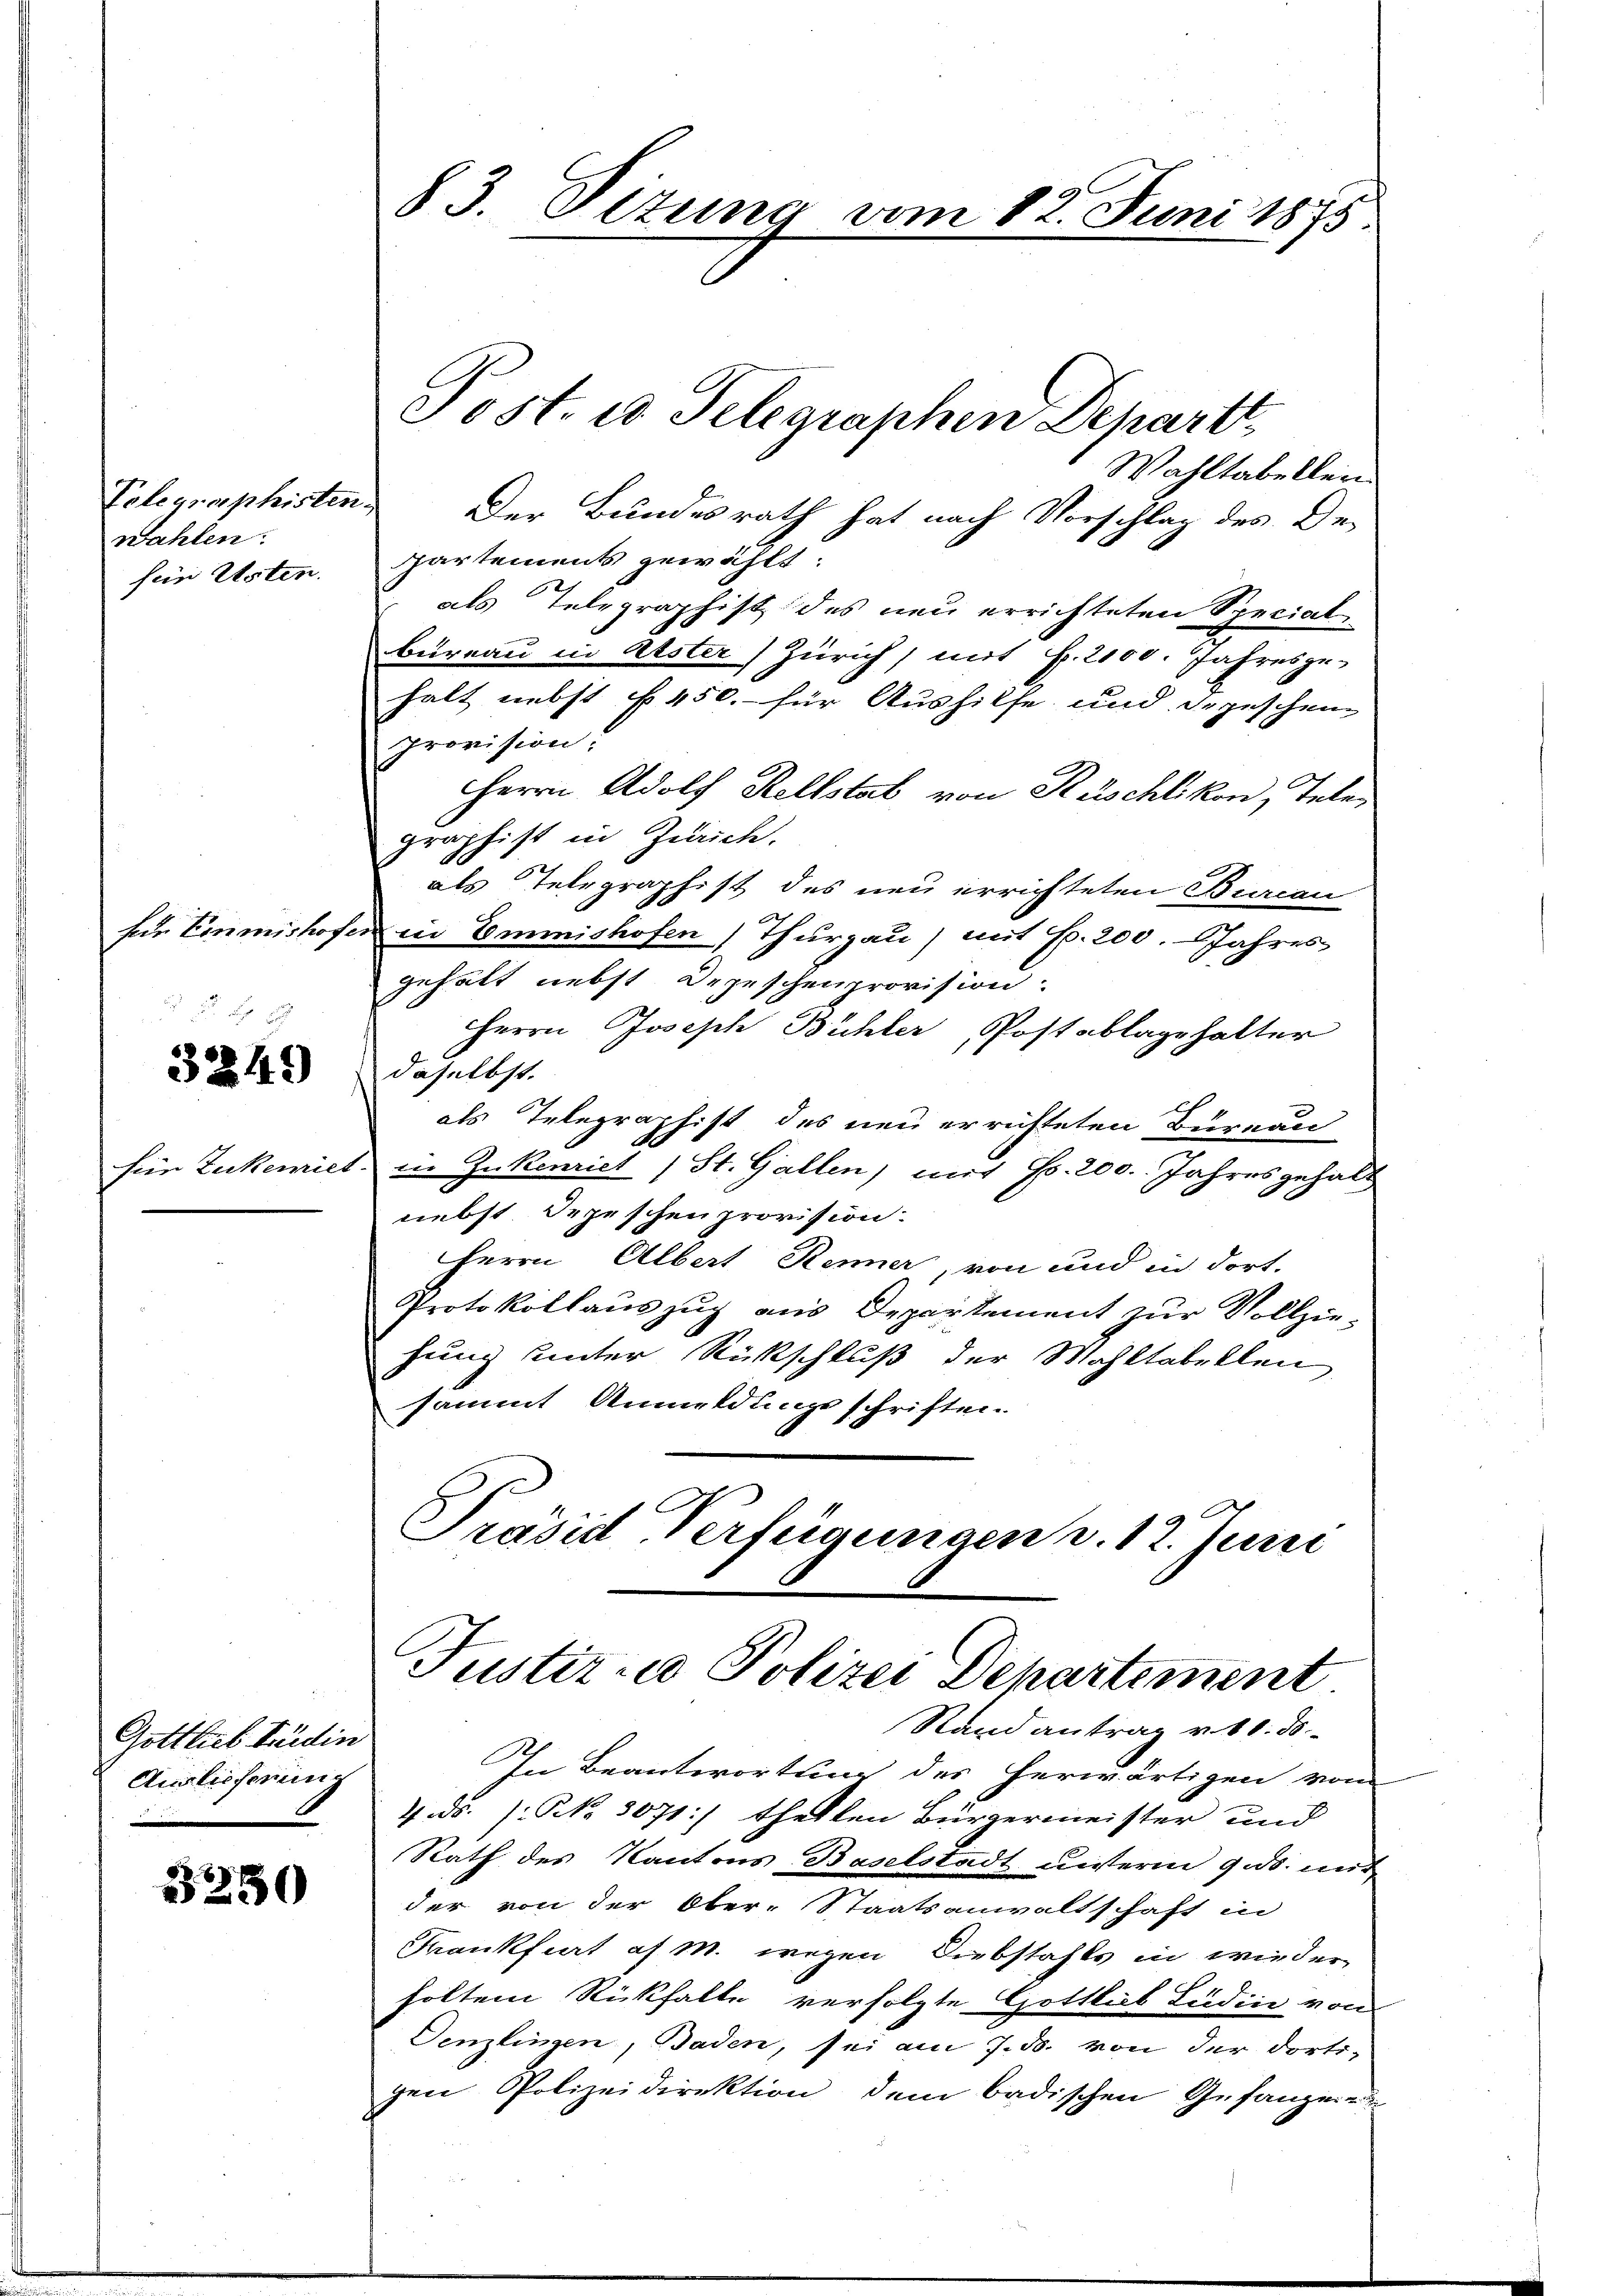
Telegraphisten.
wahlen:
sein Usten.

fede Einmishofe

3249

für Eukenies

Gottlieb Ferdin
Auslieferung

.
250

83. Situng vom 12. Juni 1875.

Post. 20. Telegraphen Departt

Wahltabellein
Der Bundesrath hat nach Vorschlag des De-
ppartements gewählt:
als Telegraphist des neu errichteten Special
bureau in Abster Zürich, mit Fr. 2000. Jahresge-
halt nebst 450. für Aushilfe und depeschen
Provision.
HHerrn Adolf Keltstab von Rüschlikon, Telen
graphist in Zürich.
als Telegraphist des neu errichteten Bureau
in Emmishofen) Thurgau) mit Fr. 200. Jahres
gehält nebst Depeschenprovision.
Herrn Joseph Bühler, Postablage halter
daselbst.
als Telegraphist des neu errichteten Büreau
in Zukenriet (St. Gallen, mit Fr. 200. Jahres gehalt
nebst Depeschen provision:
Herrn Albert Renner, von und in dort¬
Protokollauszug aus Departement zur Vollziehung unter Rückschluß der Wahltabellen
sammt Anmeldungsschriften.
Präsid Verfügungen v. 12. Juni
Justiz & Polizei Departement
Rand antrag v. 10. ds
In Beantwortung des herwärtigen von
4. ds. /: No 3071:) theilen Bürgermeister und
Rath des Kantons Baselstadt unserm 9. ds. mir
der von der Ober-Staatsanwaltschaft in
Frankfurt af M. wegen Diebstahls in wieder
holten Rückfalle verfolgte Gottlieb Ludine von
Denzlingen, Baden, sei am 7. ds. von der dorti-
gen Polizeidirektion dem badischen Gefangen